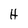
Character: H